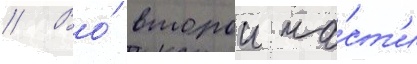
// Во́ второи ча́ст'и